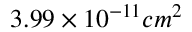
3 . 9 9 \times 1 0 ^ { - 1 1 } c m ^ { 2 }